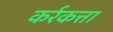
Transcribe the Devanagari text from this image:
कर्रकत्ता